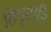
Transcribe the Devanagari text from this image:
तिष्‍ठामि